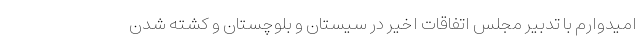
امیدوارم با تدبیر مجلس اتفاقات اخیر در سیستان و بلوچستان و کشته شدن